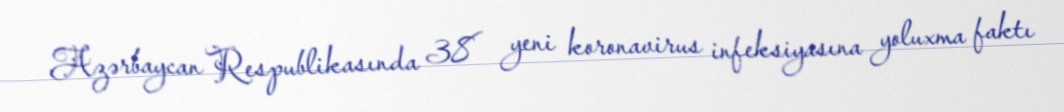
Azərbaycan Respublikasında 38 yeni koronavirus infeksiyasına yoluxma faktı